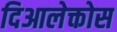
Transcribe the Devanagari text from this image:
दिआलेक्तोस